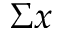
\Sigma { } x